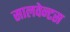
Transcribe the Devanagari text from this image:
सालवेन्टस